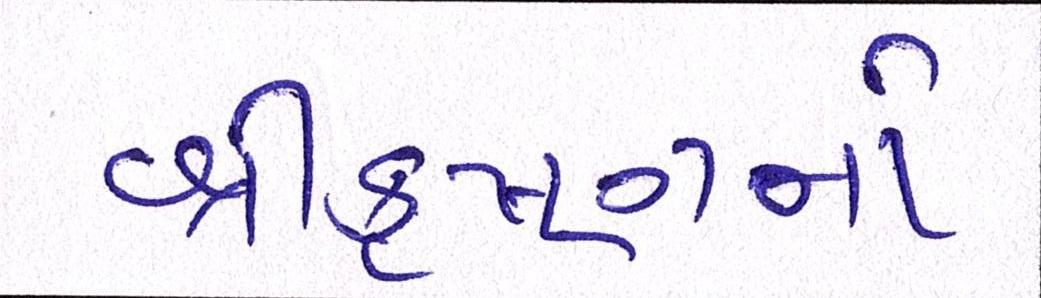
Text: શ્રીકૃષ્ણનો